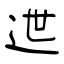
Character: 迣